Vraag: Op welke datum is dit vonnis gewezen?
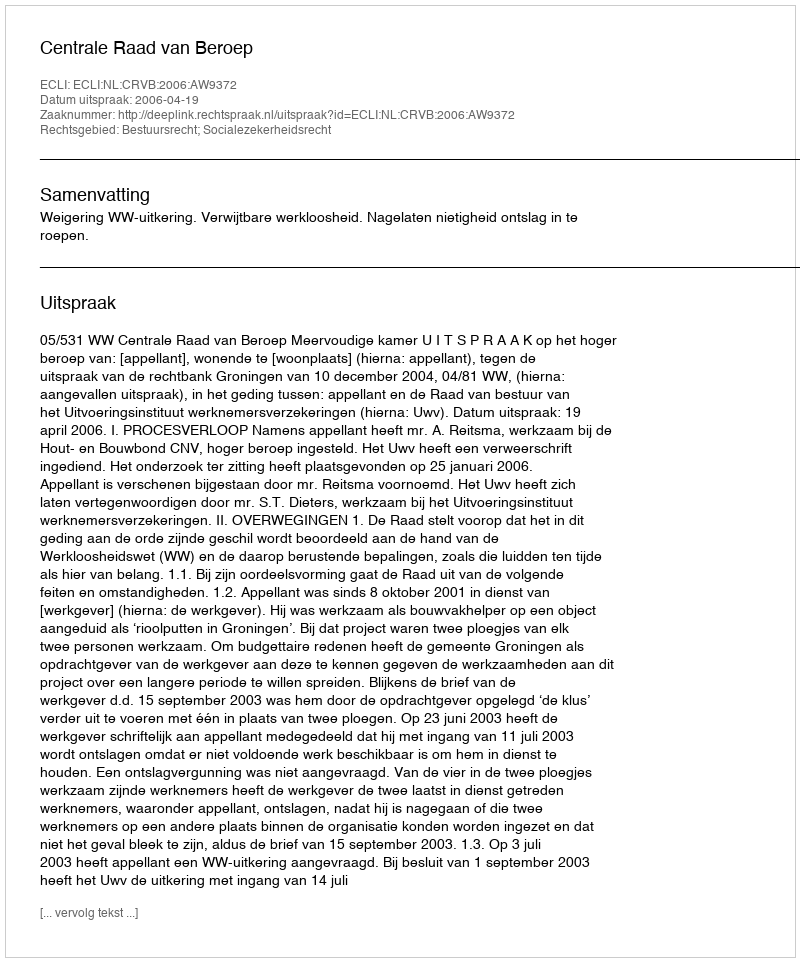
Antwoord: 2006-04-19